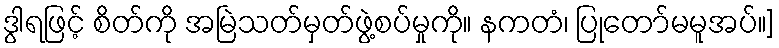
ဒွါရဖြင့် စိတ်ကို အမြဲသတ်မှတ်ဖွဲ့စပ်မှုကို။ နကတံ၊ ပြုတော်မမူအပ်။]